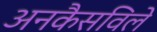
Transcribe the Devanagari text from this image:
अनकैसविले